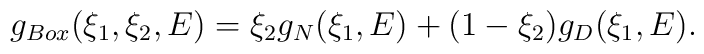
g_{Box}(\xi_1, \xi_2, E) = \xi_2 g_N(\xi_1, E) + (1 - \xi_2)g_D(\xi_1, E).